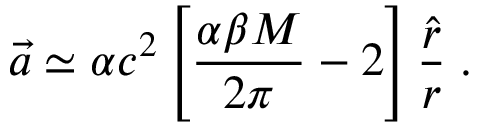
\vec { a } \simeq \alpha c ^ { 2 } \left[ \frac { \alpha \beta M } { 2 \pi } - 2 \right] \frac { \hat { r } } { r } \; .